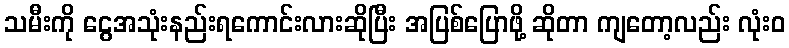
သမီးကို ငွေအသုံးနည်းရကောင်းလားဆိုပြီး အပြစ်ပြောဖို့ ဆိုတာ ကျတော့လည်း လုံးဝ